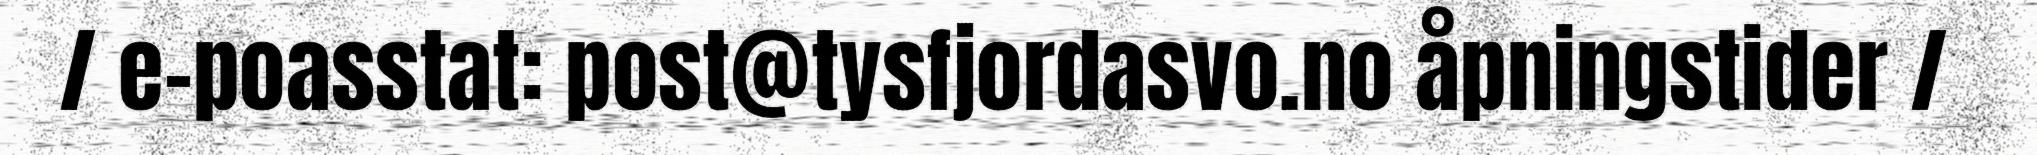
/ e-poasstat: post@tysfjordasvo.no åpningstider /